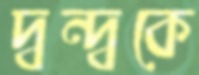
দ্বন্দ্বকে